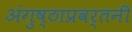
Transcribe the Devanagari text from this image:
अंगुष्ठाप्रवर्तनी